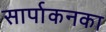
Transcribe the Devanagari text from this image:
सार्पाकनका